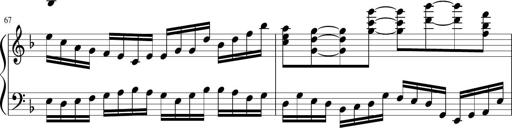
Title: Sonatina in F major
Composer: Ethan Ngo
Key: F major